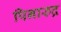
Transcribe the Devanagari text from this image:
पिनारुद्र